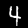
Label: 4